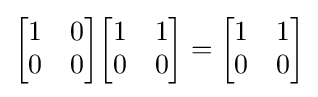
{\begin{bmatrix}1&0\\0&0\end{bmatrix}}{\begin{bmatrix}1&1\\0&0\end{bmatrix}}={\begin{bmatrix}1&1\\0&0\end{bmatrix}}